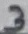
Text: 3